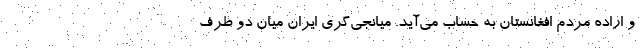
و اراده مردم افغانستان به حساب می‌آید. میانجی‌گری ایران میان دو طرف